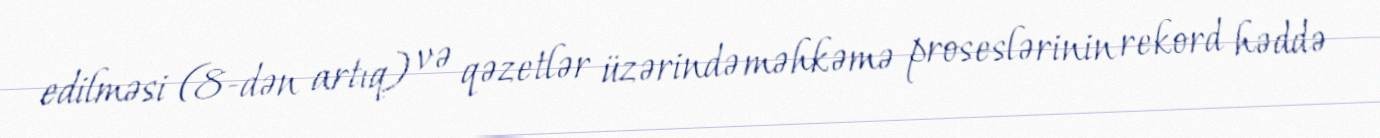
edilməsi (8-dən artıq) və qəzetlər üzərində məhkəmə proseslərinin rekord həddə